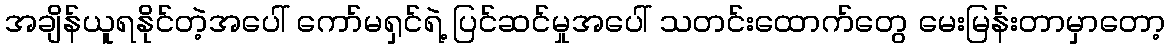
အချိန်ယူရနိုင်တဲ့အပေါ် ကော်မရှင်ရဲ့ ပြင်ဆင်မှုအပေါ် သတင်းထောက်တွေ မေးမြန်းတာမှာတော့